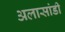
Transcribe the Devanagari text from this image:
अलासांडी